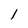
Character: 1